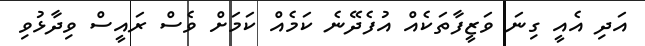
އަދި އެއީ ގިނަ ވަޒީފާތަކެއް އުފެދޭނެ ކަމެއް ކަމަށް ވެސް ރައީސް ވިދާޅުވި